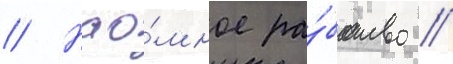
// Нао́мное ра́бство //